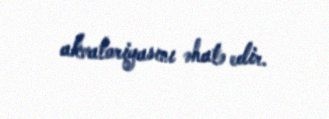
akvatoriyasını əhatə edir.